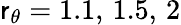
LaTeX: \mathsf{r}_{\theta}=1.1,\, 1.5,\, 2